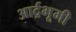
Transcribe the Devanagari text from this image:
आर्द्रभूमी